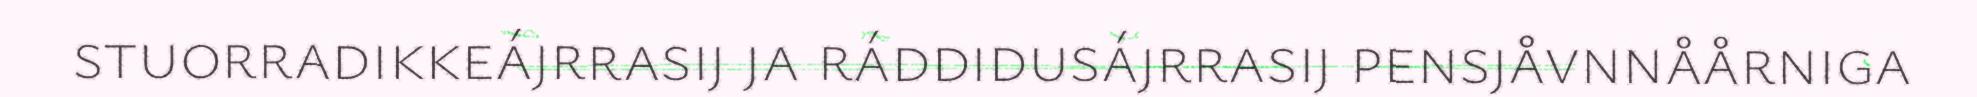
stuorradikkeájrrasij ja ráddidusájrrasij pensjåvnnåårniga